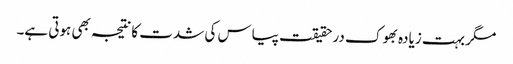
مگر بہت زیادہ بھوک درحقیقت پیاس کی شدت کا نتیجہ بھی ہوتی ہے۔